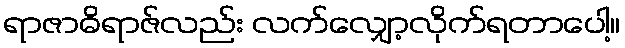
ရာဇာဓိရာဇ်လည်း လက်လျှော့လိုက်ရတာပေါ့။